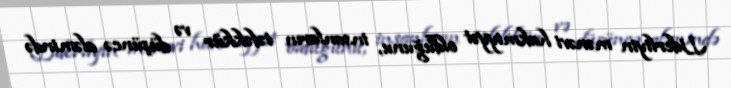
Liderliyin mənəvi hakmiyyət olduğunu, insanların təfəkkür və düşüncə aləmində